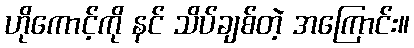
ဟိုကောင့်ကို နင် သိပ်ချစ်တဲ့ အကြောင်း။